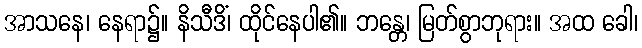
အာသနေ၊ နေရာ၌။ နိသီဒိံ၊ ထိုင်နေပါ၏။ ဘန္တေ၊ မြတ်စွာဘုရား။ အထ ခေါ၊